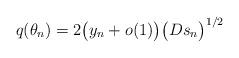
LaTeX: \begin{align*}q(\theta_n)=2\big(y_n+o(1)\big)\big(Ds_n\big)^{1/2}\end{align*}